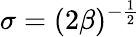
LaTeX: \sigma=(2\beta)^{-\frac{1}{2}}